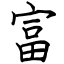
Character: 富